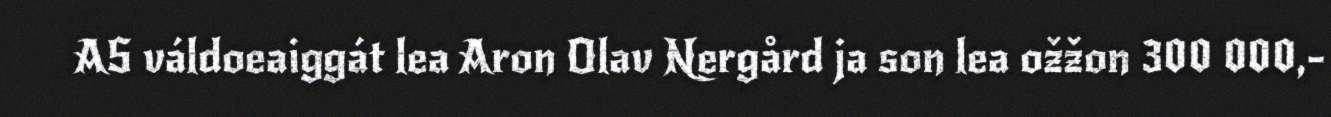
AS váldoeaiggát lea Aron Olav Nergård ja son lea ožžon 300 000,-